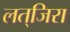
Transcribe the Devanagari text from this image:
लत्‌जिरा